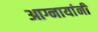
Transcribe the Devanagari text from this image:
आग्नायांनी